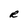
Character: R